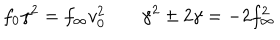
f _ { 0 } \gamma ^ { 2 } = f _ { \infty } v _ { 0 } ^ { 2 } \; \gamma ^ { 2 } \pm 2 \gamma = - 2 f _ { \infty } ^ { 2 }